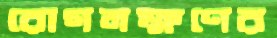
রোগলক্ষণের